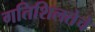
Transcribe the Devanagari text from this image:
गतिशिलतेचे